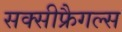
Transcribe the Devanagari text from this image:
सक्सीफ्रैगल्स